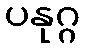
ပနုဂ္ဂ